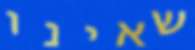
שאינו